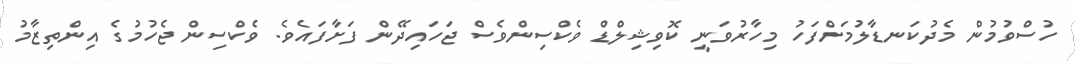
ހުސްވުމުން މެދުކަނޑާލުމަށްފަހު މިހާރުވަނީ ކޮވިޝިލްޑް ވެކްސިންވެސް ޖަހައިދޭން ފަށާފައެވެ. ވެކްސިން ޖެހުމުގެ އިންތިޒާމު